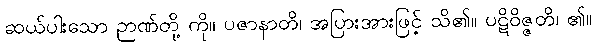
ဆယ်ပါးသော ဉာဏ်တို့ ကို။ ပဇာနာတိ၊ အပြားအားဖြင့် သိ၏။ ပဋိဝိဇ္ဇတိ၊ ၏။